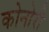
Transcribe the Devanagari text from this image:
कोनोरी